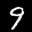
Label: 9